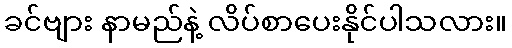
ခင်ဗျား နာမည်နဲ့ လိပ်စာပေးနိုင်ပါသလား။